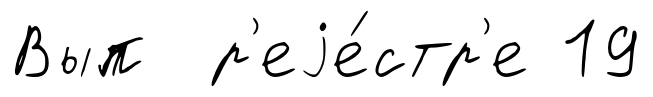
Вып р'еjе́стр'е 19